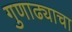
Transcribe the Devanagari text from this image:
गुणाढ्याचा